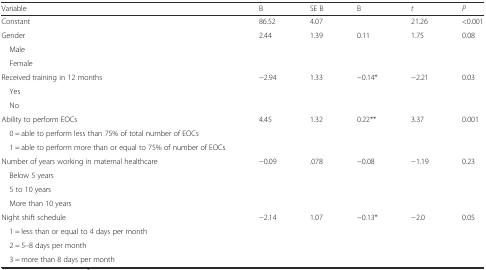
<table><thead><tr><td><b>Variable</b></td><td><b>B</b></td><td><b>SE B</b></td><td><b>Β</b></td><td><b><i>t</i></b></td><td><b><i>P</i></b></td></tr></thead><tbody><tr><td>Constant</td><td>86.52</td><td>4.07</td><td></td><td>21.26</td><td>&lt;0.001</td></tr><tr><td>Gender</td><td>2.44</td><td>1.39</td><td>0.11</td><td>1.75</td><td>0.08</td></tr><tr><td> Male</td><td></td><td></td><td></td><td></td><td></td></tr><tr><td> Female</td><td></td><td></td><td></td><td></td><td></td></tr><tr><td>Received training in 12 months</td><td>−2.94</td><td>1.33</td><td>−0.14*</td><td>−2.21</td><td>0.03</td></tr><tr><td> Yes</td><td></td><td></td><td></td><td></td><td></td></tr><tr><td> No</td><td></td><td></td><td></td><td></td><td></td></tr><tr><td>Ability to perform EOCs</td><td>4.45</td><td>1.32</td><td>0.22**</td><td>3.37</td><td>0.001</td></tr><tr><td> 0 = able to perform less than 75% of total number of EOCs</td><td></td><td></td><td></td><td></td><td></td></tr><tr><td> 1 = able to perform more than or equal to 75% of number of EOCs</td><td></td><td></td><td></td><td></td><td></td></tr><tr><td>Number of years working in maternal healthcare</td><td>−0.09</td><td>.078</td><td>−0.08</td><td>−1.19</td><td>0.23</td></tr><tr><td> Below 5 years</td><td></td><td></td><td></td><td></td><td></td></tr><tr><td> 5 to 10 years</td><td></td><td></td><td></td><td></td><td></td></tr><tr><td> More than 10 years</td><td></td><td></td><td></td><td></td><td></td></tr><tr><td>Night shift schedule</td><td>−2.14</td><td>1.07</td><td>−0.13*</td><td>−2.0</td><td>0.05</td></tr><tr><td> 1 = less than or equal to 4 days per month</td><td></td><td></td><td></td><td></td><td></td></tr><tr><td> 2 = 5–8 days per month</td><td></td><td></td><td></td><td></td><td></td></tr><tr><td> 3 = more than 8 days per month</td><td></td><td></td><td></td><td></td><td></td></tr></tbody></table>